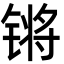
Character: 锵